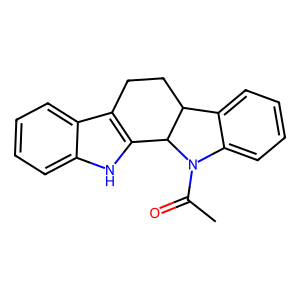
SMILES: CC(=O)N1c2ccccc2C2CCc3c([nH]c4ccccc34)C21
Inhibits HIV replication: No